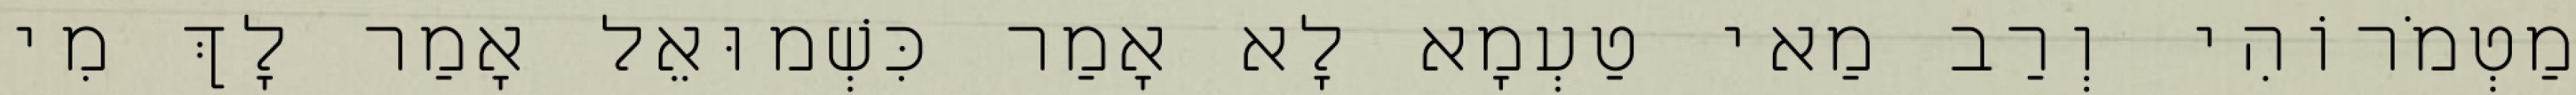
מַטְמֹרוֹהִי וְרַב מַאי טַעְמָא לָא אָמַר כִּשְׁמוּאֵל אָמַר לָךְ מִי